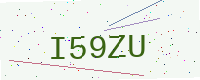
Text: I59ZU